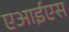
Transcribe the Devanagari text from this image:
एआईएस